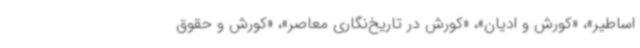
اساطیر»، «کورش و ادیان»، «کورش در تاریخ‌نگاری معاصر»، «کورش و حقوق